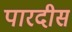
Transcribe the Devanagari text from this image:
पारदीस